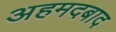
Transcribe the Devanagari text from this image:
अहमदबाद